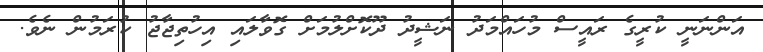
އަންނަނީ ކުރީގެ ރައީސް މުހައްމަދު ނަޝީދު ދޫކޮށްލުމަށް ގޮވާލައި އިހުތިޖާޖު ކުރަމުން ނެވެ.